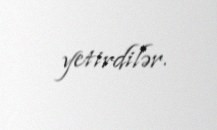
yetirdilər.